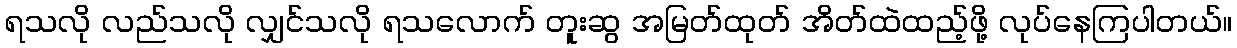
ရသလို လည်သလို လျှင်သလို ရသလောက် တူးဆွ အမြတ်ထုတ် အိတ်ထဲထည့်ဖို့ လုပ်နေကြပါတယ်။